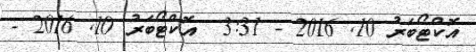
އޮކްޓޯބަރު 10